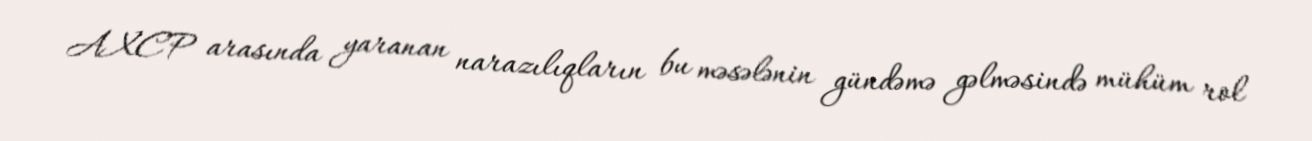
AXCP arasında yaranan narazılıqların bu məsələnin gündəmə gəlməsində mühüm rol